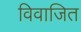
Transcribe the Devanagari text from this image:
विवाजित